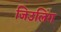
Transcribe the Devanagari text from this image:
जिउलिंग